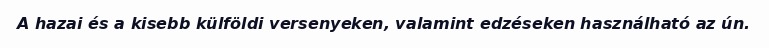
A hazai és a kisebb külföldi versenyeken, valamint edzéseken használható az ún.